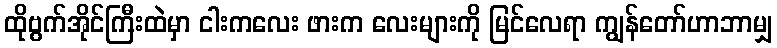
ထိုဗွက်အိုင်ကြီးထဲမှာ ငါးကလေး ဖားက လေးများကို မြင်လေရာ ကျွန်တော်ဟာဘာမျှ